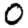
Digit: 0